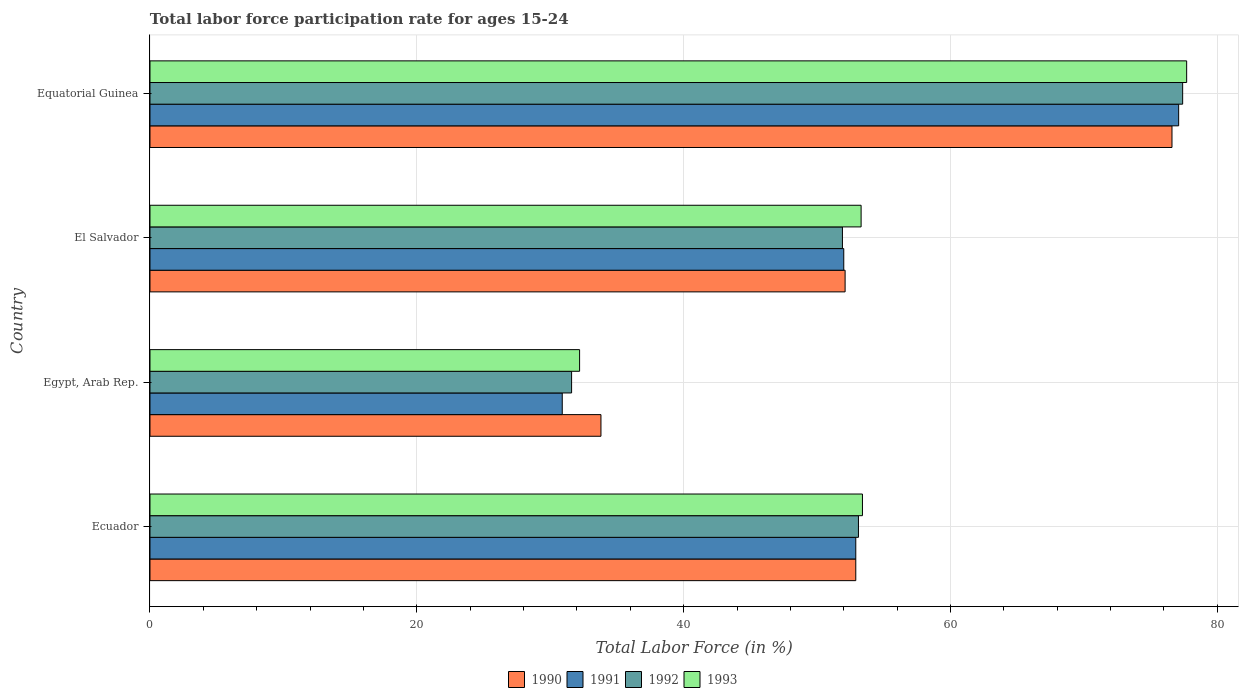
| Country | 1990 | 1991 | 1992 | 1993 |
 | --- | --- | --- | --- | --- |
 | Ecuador | 52.9 | 52.9 | 53.1 | 53.4 |
 | Egypt, Arab Rep. | 33.8 | 30.9 | 31.6 | 32.2 |
 | El Salvador | 52.1 | 52 | 51.9 | 53.3 |
 | Equatorial Guinea | 76.6 | 77.1 | 77.4 | 77.7 |